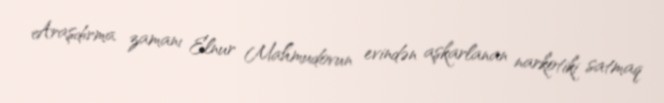
Araşdırma zamanı Elnur Mahmudovun evindən aşkarlanan narkotiki satmaq